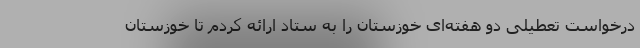
درخواست تعطیلی دو هفته‌ای خوزستان را به ستاد ارائه کردم تا خوزستان